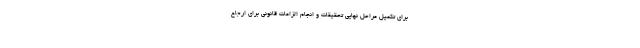
برای تکمیل مراحل نهایی تحقیقات و انجام الزامات قانونی برای ارجاع